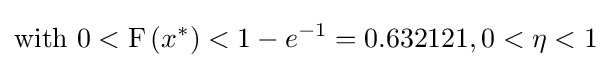
{\text{with }}0<{\text{F}}\left(x^{*}\right)<1-e^{-1}=0.632121,0<\eta <1